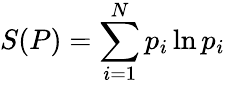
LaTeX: S(P)=\sum_{i=1}^{N}p_{i}\ln p_{i}